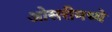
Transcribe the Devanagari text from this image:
ओसरीमध्ये